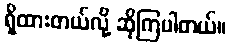
ရှိထားတယ်လို့ ဆိုကြပါတယ်။